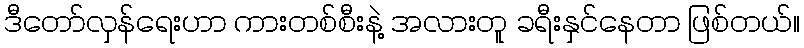
ဒီတော်လှန်ရေးဟာ ကားတစ်စီးနဲ့ အလားတူ ခရီးနှင်နေတာ ဖြစ်တယ်။